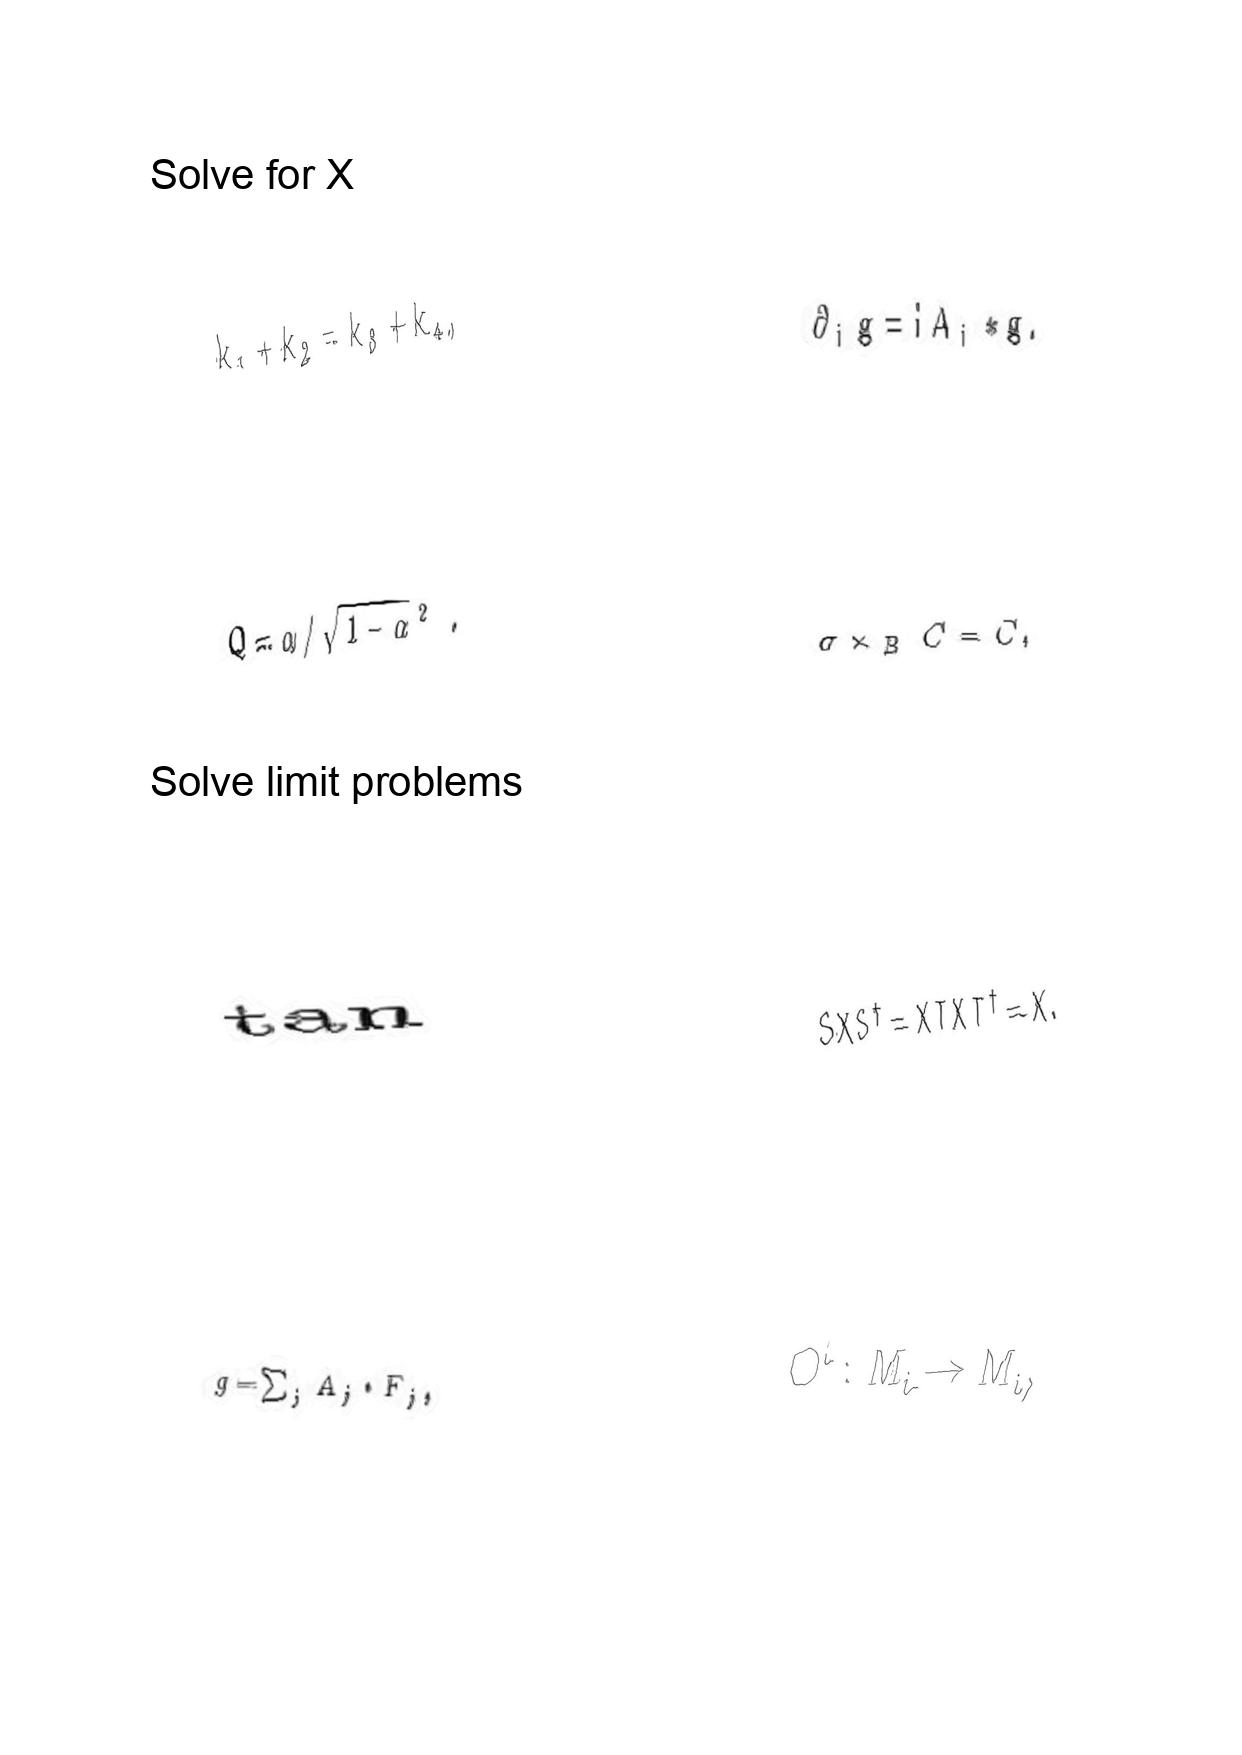
LaTeX transcription:
k _ { 1 } + k _ { 2 } = k _ { 3 } + k _ { 4 } ,
Q = \alpha / \sqrt { 1 - \alpha ^ { 2 } } .
\tan
g = \sum _ { j } A _ { j } \cdot F _ { j } ,
\partial _ { i } g = i A _ { i } \ast g .
\sigma \times _ { B } C = C ,
S X S ^ { \dagger } = X T X T ^ { \dagger } = X .
O ^ { i } : M _ { i } \rightarrow M _ { i } ,